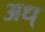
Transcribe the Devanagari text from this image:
अध्